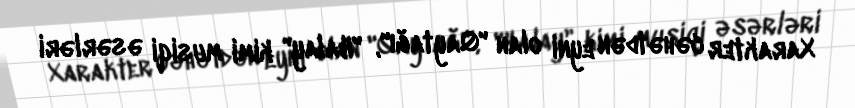
Xarakter cəhətdən eyni olan "Qaytağı", "Halay" kimi musiqi əsərləri